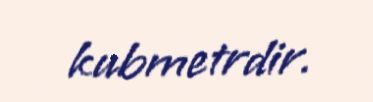
kubmetrdir.